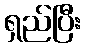
ရှည်ပြီး